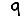
Digit: 9